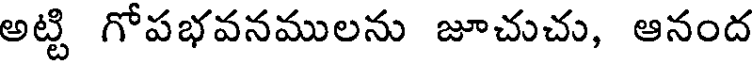
అట్టి గోపభవనములను జూచుచు, ఆనంద